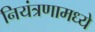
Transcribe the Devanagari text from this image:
नियंत्रणामध्ये